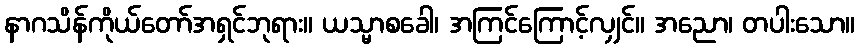
နာဂသိန်ကိုယ်တော်အရှင်ဘုရား။ ယသ္မာစခေါ၊ အကြင်ကြောင့်လျှင်။ အညော၊ တပါးသော။